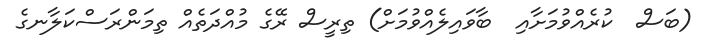
(ބަސް  ކުރެއްވުމަށާއި  ބާވައިލެއްވުމަށް) ތިރީސް ރޭގެ މުއްދަތެއް ތިމަންރަސްކަލާނގެ